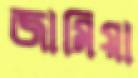
জামিয়া